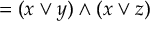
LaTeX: = ( x \vee y ) \wedge ( x \vee z )